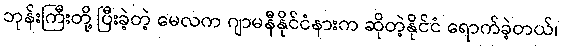
ဘုန်းကြီးတို့ ပြီးခဲ့တဲ့ မေလက ဂျာမနီနိုင်ငံနားက ဆိုတဲ့နိုင်ငံ ရောက်ခဲ့တယ်၊